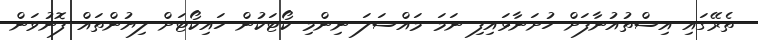
ތެރޭގައި އިސްތުއުނާފަށް ހުށަނާޅައިފި ނަމަ މައްސަލަ ނިންމި ކޯޓަކުން ހައިކޯޓަށް ލިޔުންތައް ފޮނުވަން